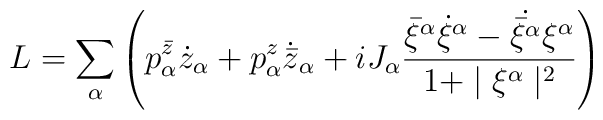
L = \sum_\alpha\left(p^{\bar z}_\alpha \dot z_{\alpha}+p^{z}_\alpha \dot{{\bar z}}_{\alpha}+ iJ_{\alpha}\frac{{\bar \xi}^\alpha \dot \xi^\alpha-\dot{\bar\xi^\alpha}\xi^\alpha}{1+\mid\xi^\alpha\mid^2}\right)